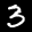
Label: 3